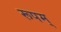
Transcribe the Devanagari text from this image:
रूपम्